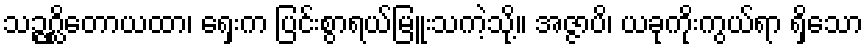
သဉ္ဇဂ္ဃိတောယထာ၊ ရှေးက ပြင်းစွာရယ်မြူးသကဲ့သို့။ အဇ္ဇာပိ၊ ယခုကိုးကွယ်ရာ ရှိသော